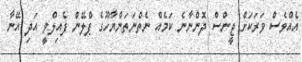
އެއްވެސް ވަރަކަށް ޖީންސް ދޮންނާނެ ކަމެއް ނެތްނަތަންޔާހޫގެ ޕްލޭން ފެއިލްވީ އަދި އޭނާ